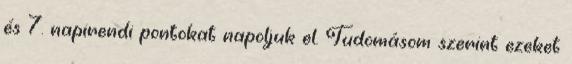
és 7. napirendi pontokat napoljuk el. Tudomásom szerint ezeket